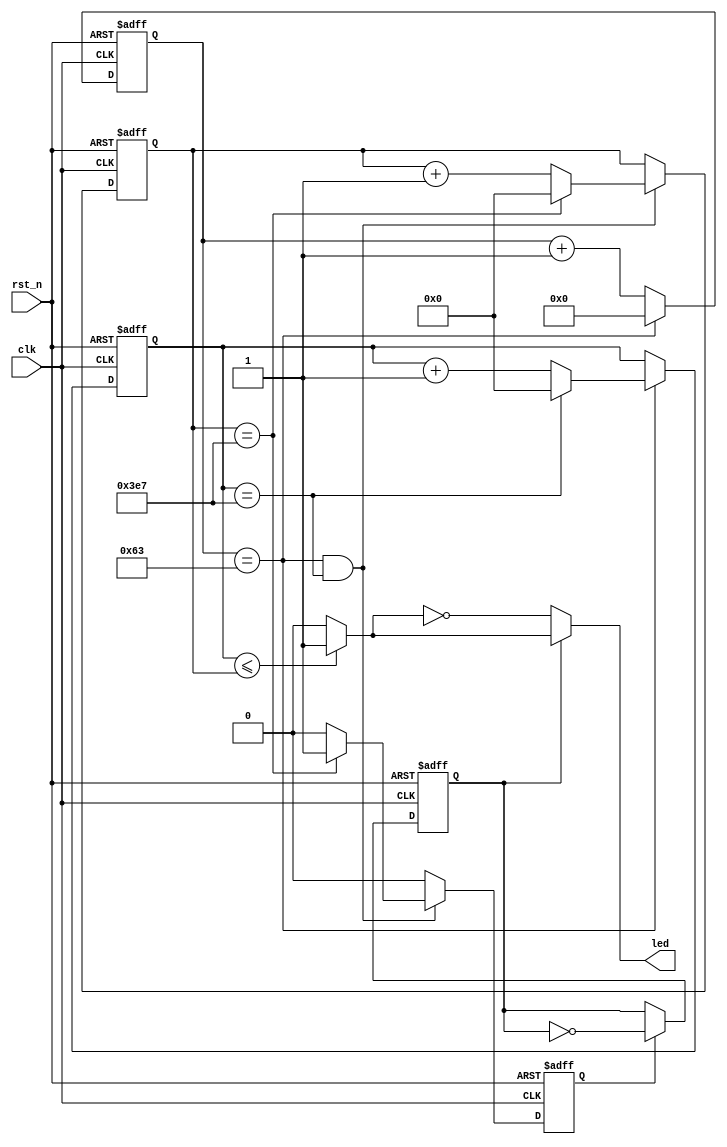
module breath_led_v1(clk, rst_n, led);
 
  input       clk;
  input       rst_n;
   
  output      led;
 
  reg [6:0] cnt_2us;
  reg [9:0] cnt_2ms;
  reg [9:0] cnt_2s;
   
  always @ (posedge clk, negedge rst_n)
  begin
    if(rst_n == 1'b0)
      cnt_2us <= 7'd0;
    else if(cnt_2us == 7'd99)
      cnt_2us <= 7'd0;
    else
      cnt_2us <= cnt_2us + 1'b1;
  end
 
  always @ (posedge clk, negedge rst_n)
  begin
    if(rst_n == 1'b0)
      cnt_2ms <= 10'd0;
    else if(cnt_2us == 99)
      begin
        if(cnt_2ms == 999)
          cnt_2ms <= 10'd0;
        else
          cnt_2ms <= cnt_2ms + 1'b1;
      end
    else
      cnt_2ms <= cnt_2ms;
  end
 
  reg change;
   
  always @ (posedge clk, negedge rst_n)
  begin
    if(rst_n == 1'b0)
      begin
        cnt_2s <= 10'd0;
        change <= 1'b0;
      end
    else if(cnt_2us == 99 && cnt_2ms == 999)
      begin
        if(cnt_2s == 999)
          begin
            cnt_2s <= 10'd0;
            change <= 1'b1;
          end
        else
          begin
            cnt_2s <= cnt_2s + 1'b1;
            change <= 1'b0;
          end
      end
    else
      begin
        cnt_2s <= cnt_2s;
        change <= 1'b0;
      end
  end
   
  wire led_n;
  reg flag;
   
  assign led_n = (cnt_2ms <= cnt_2s) ? 1'b1 : 1'b0;
   
  always @ (posedge clk, negedge rst_n)
  begin
    if(rst_n == 1'b0)
      flag <= 0;
    else if(change)
      flag <= ~flag;
    else
      flag <= flag;
  end
   
  assign led = (flag) ? led_n : ~led_n;
 
endmodule